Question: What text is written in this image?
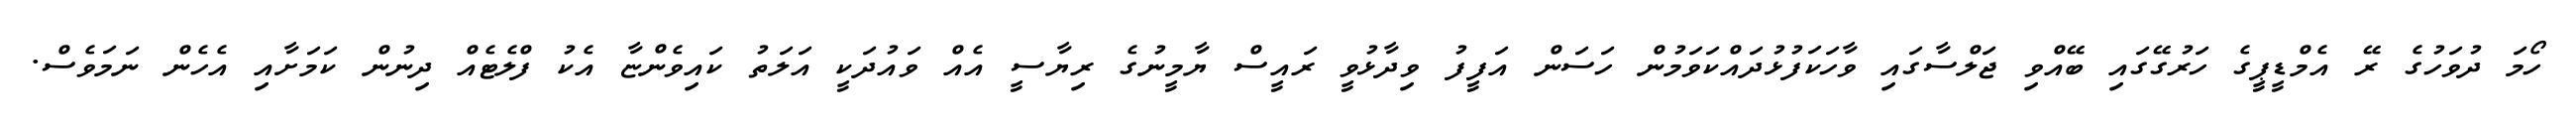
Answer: ހޯމަ ދުވަހުގެ ރޭ އެމްޑީޕީގެ ހަރުގޭގައި ބޭއްވި ޖަލްސާގައި ވާހަކަފުޅުދައްކަވަމުން ހަސަން އަފީފު ވިދާޅުވީ ރައީސް ޔާމީނުގެ ރިޔާސީ އެއް ވައުދަކީ އަލަތު ކައިވެންޏާ އެކު ފްލެޓެއް ދިނުން ކަމަށާއި އެހެން ނަމަވެސް.